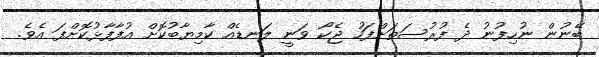
ބޭނުން ނުހިފުނު ދެ ފުރުސަތަށްފަހު ޖެކޯ ވަނީ ލަނޑެއް ކާމިޔާބުކޮށް އުފާފާޅުކޮށްފަ އެވެ.